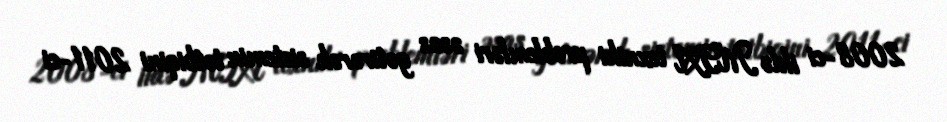
2008-ci ildə MTA texniki problemləri əsas gətirərək sistemin tətbiqini 2011-ci